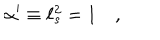
\alpha ^ { \prime } \equiv \ell _ { s } ^ { 2 } = 1 \quad ,